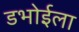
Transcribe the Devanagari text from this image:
डभोईला